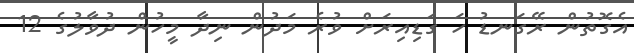
އެގޮތުން ރޭގަނޑު ހަ ގަޑިއިރަށް ވުރެ މަދުން ނިދާ މީހުން ދުވާލުގެ 12